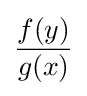
{\frac {f(y)}{g(x)}}